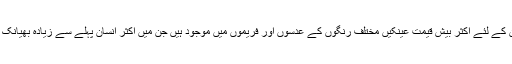
فیشن کے لئے اکثر بیش قیمت عینکیں مختلف رنگوں کے عدسوں اور فریموں میں موجود ہیں جن میں اکثر انسان پہلے سے زیادہ بھیانک لگتا۔